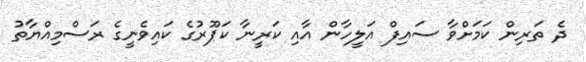
ދެ ތަރިން ކަމަށްވާ ސައިފް އަލީހާން އާއި ކަރީނާ ކަޕޫރުގެ ކައިވެނީގެ ރަސްމިއްޔާތު